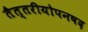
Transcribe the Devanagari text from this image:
तैत्तरीयोपनषद